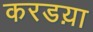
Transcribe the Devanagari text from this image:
करडय़ा